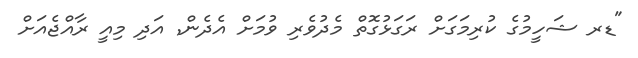
"ޑރ ޝަހީމުގެ ކުރިމަގަށް ރަގަޅުގޮތް މެދުވެެރި ވުމަށް އެދެން